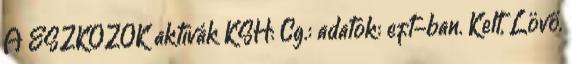
Á ESZKÖZÖK aktívák KSH: Cg.: adatok: eft-ban. Kelt, Lövő,